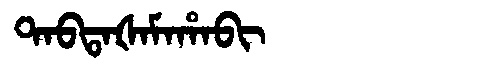
Manchu: ᡨᠠᠪᡨᠠᡧᠠᠮᠠᡥᠠᠪᡳ
Romanization: TABTAŠAMAHABI